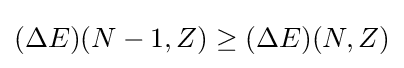
(\Delta E)(N-1,Z)\geq (\Delta E)(N,Z)